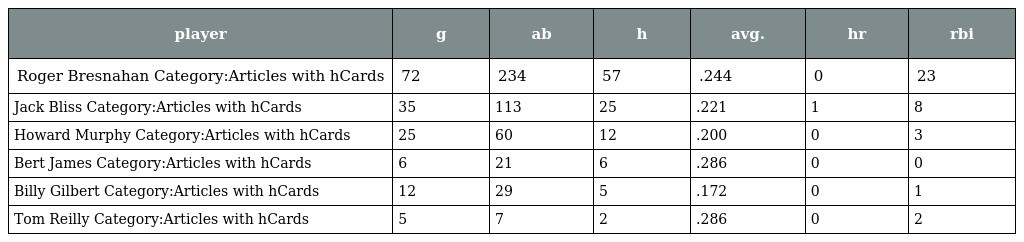
| player | g | ab | h | avg. | hr | rbi |
 | --- | --- | --- | --- | --- | --- | --- |
 | Roger Bresnahan Category:Articles with hCards | 72 | 234 | 57 | .244 | 0 | 23 |
 | Jack Bliss Category:Articles with hCards | 35 | 113 | 25 | .221 | 1 | 8 |
 | Howard Murphy Category:Articles with hCards | 25 | 60 | 12 | .200 | 0 | 3 |
 | Bert James Category:Articles with hCards | 6 | 21 | 6 | .286 | 0 | 0 |
 | Billy Gilbert Category:Articles with hCards | 12 | 29 | 5 | .172 | 0 | 1 |
 | Tom Reilly Category:Articles with hCards | 5 | 7 | 2 | .286 | 0 | 2 |